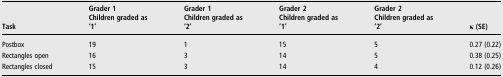
<table><thead><tr><td><b>Task</b></td><td><b>Grader 1Children graded as‘1’</b></td><td><b>Grader 1Children graded as‘2’</b></td><td><b>Grader 2Children graded as‘1’</b></td><td><b>Grader 2Children graded as‘2’</b></td><td><b>κ (SE)</b></td></tr></thead><tbody><tr><td>Postbox</td><td>19</td><td>1</td><td>15</td><td>5</td><td>0.27 (0.22)</td></tr><tr><td>Rectangles open</td><td>16</td><td>3</td><td>14</td><td>5</td><td>0.38 (0.25)</td></tr><tr><td>Rectangles closed</td><td>15</td><td>3</td><td>14</td><td>4</td><td>0.12 (0.26)</td></tr></tbody></table>